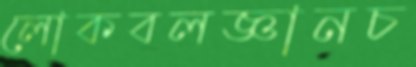
লোকবলজ্ঞানচ